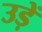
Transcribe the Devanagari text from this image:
उड़ें